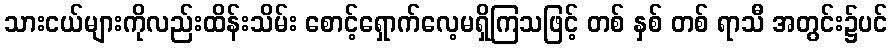
သားငယ်များကိုလည်းထိန်းသိမ်း စောင့်ရှောက်လေ့မရှိကြသဖြင့် တစ် နှစ် တစ် ရာသီ အတွင်း၌ပင်